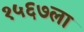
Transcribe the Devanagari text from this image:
१५६७ला